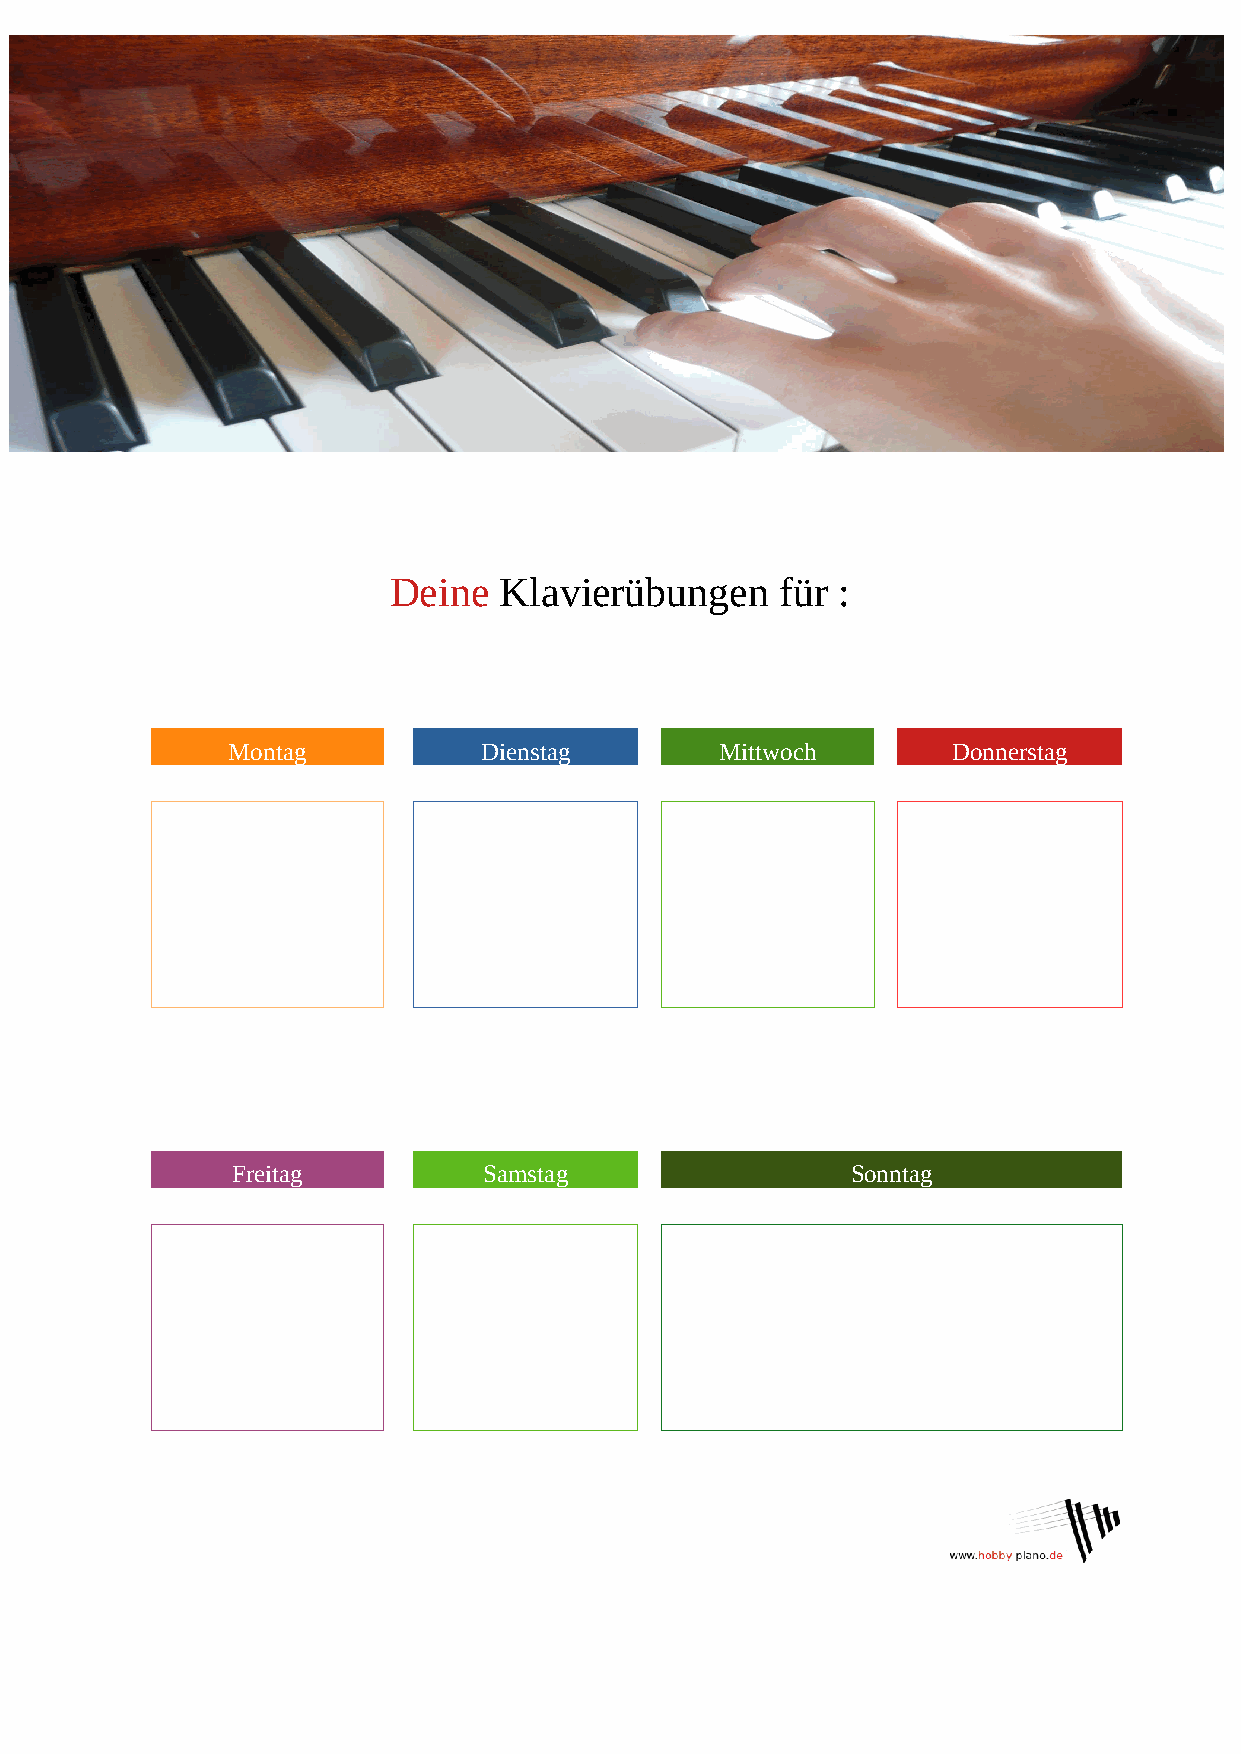
Deine  Klavierübungen     für :
 Montag           Dienstag        Mittwoch       Donnerstag
 Freitag          Samstag                 Sonntag